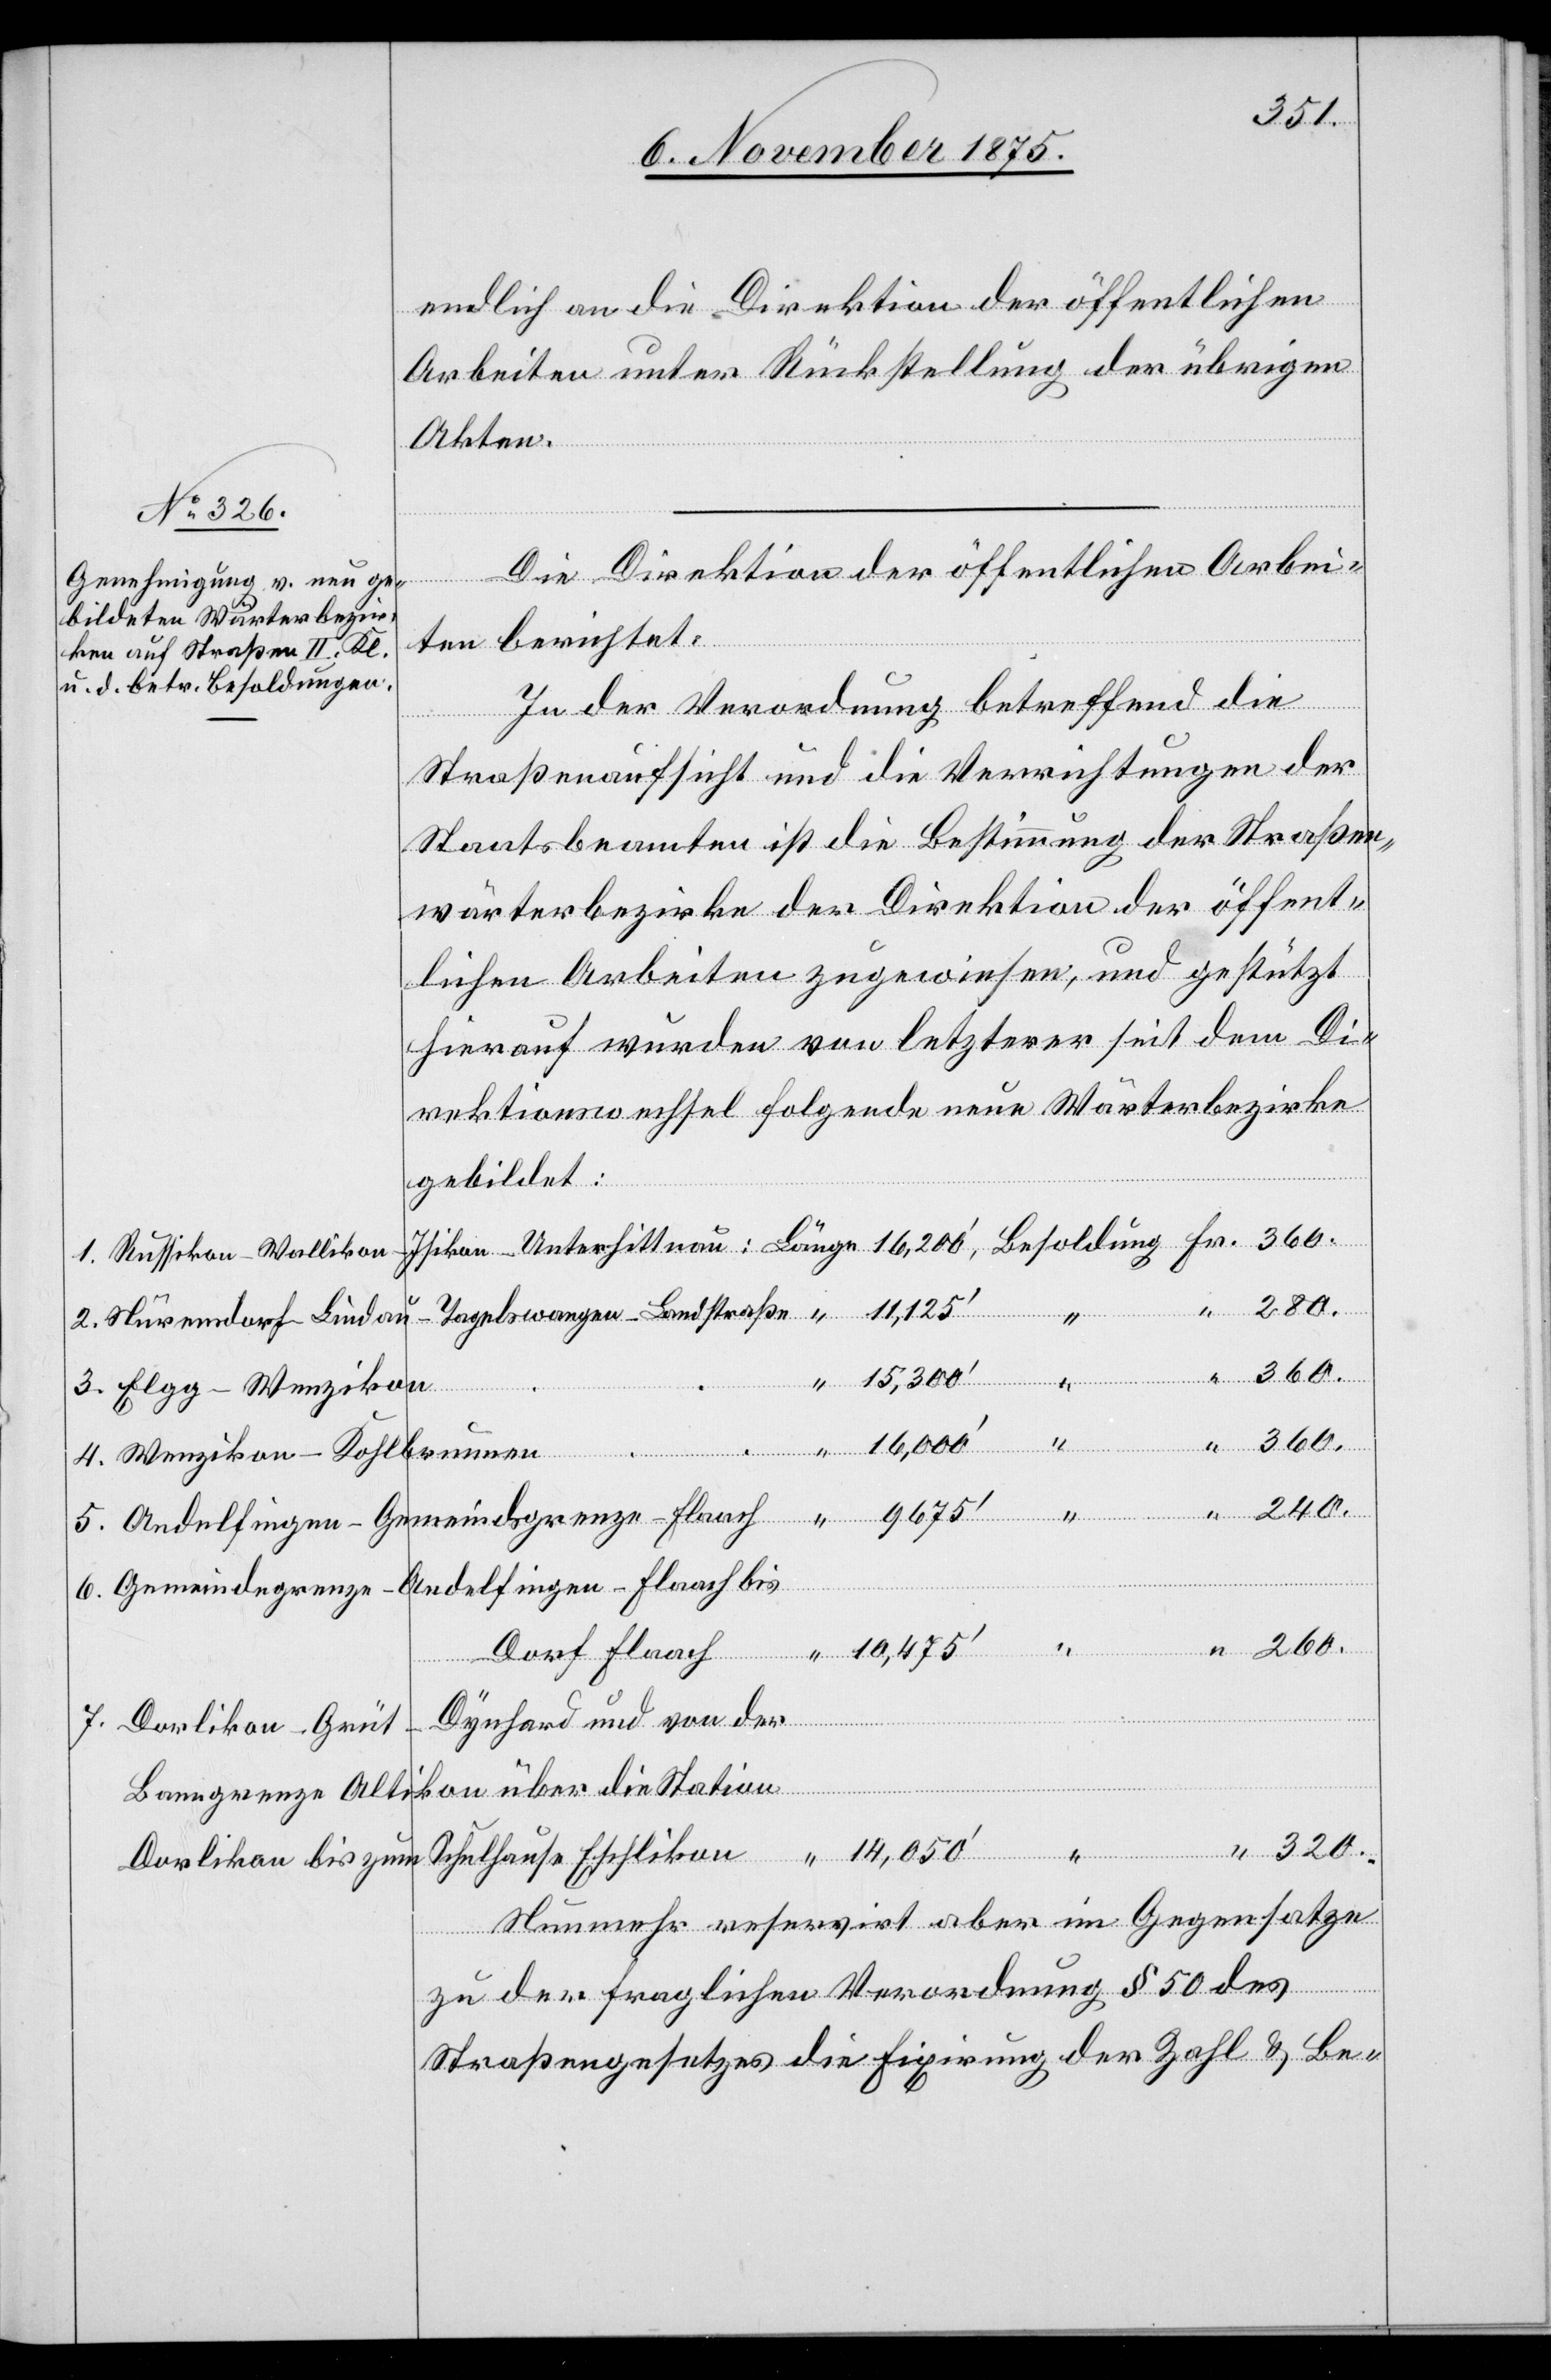
360.
endlich an die Direktion der öffentlichen
Arbeiten unter Rückstellung der übrigen
Fr.
Akten.
Die Direktion der öffentlichen Arbei¬
emeindsgrenze–Flaach
ten berichtet:
In der Verordnung betreffend die
Straßenaufsicht und die Verrichtungen der
Staatsbeamten ist die Bestimmung der Straßen¬
wärterbezirke der Direktion der öffent¬
lichen Arbeiten zugewiesen, und gestützt
hierauf wurden von letzterer seit dem Di¬
rektionswechsel folgende neue Wärterbezirke
gebildet:
Nürensdorf–Lindau–Tagelswangen–Landstraße
Gemeindegrenze–Andelfingen–Flaach bis
320.
260.
Dorf
7.
t–Dynhard und von der
Dorlikon–Grü¬
ikon über die Station
Banngrenze Alt¬
Schulhause Eschlikon
Dorlikon bis zum
Nunmehr reservirt aber im Gegensatze
zu der fraglichen Verordnung § 50 des
Straßengesetzes die Fixirung der Zahl & Be-